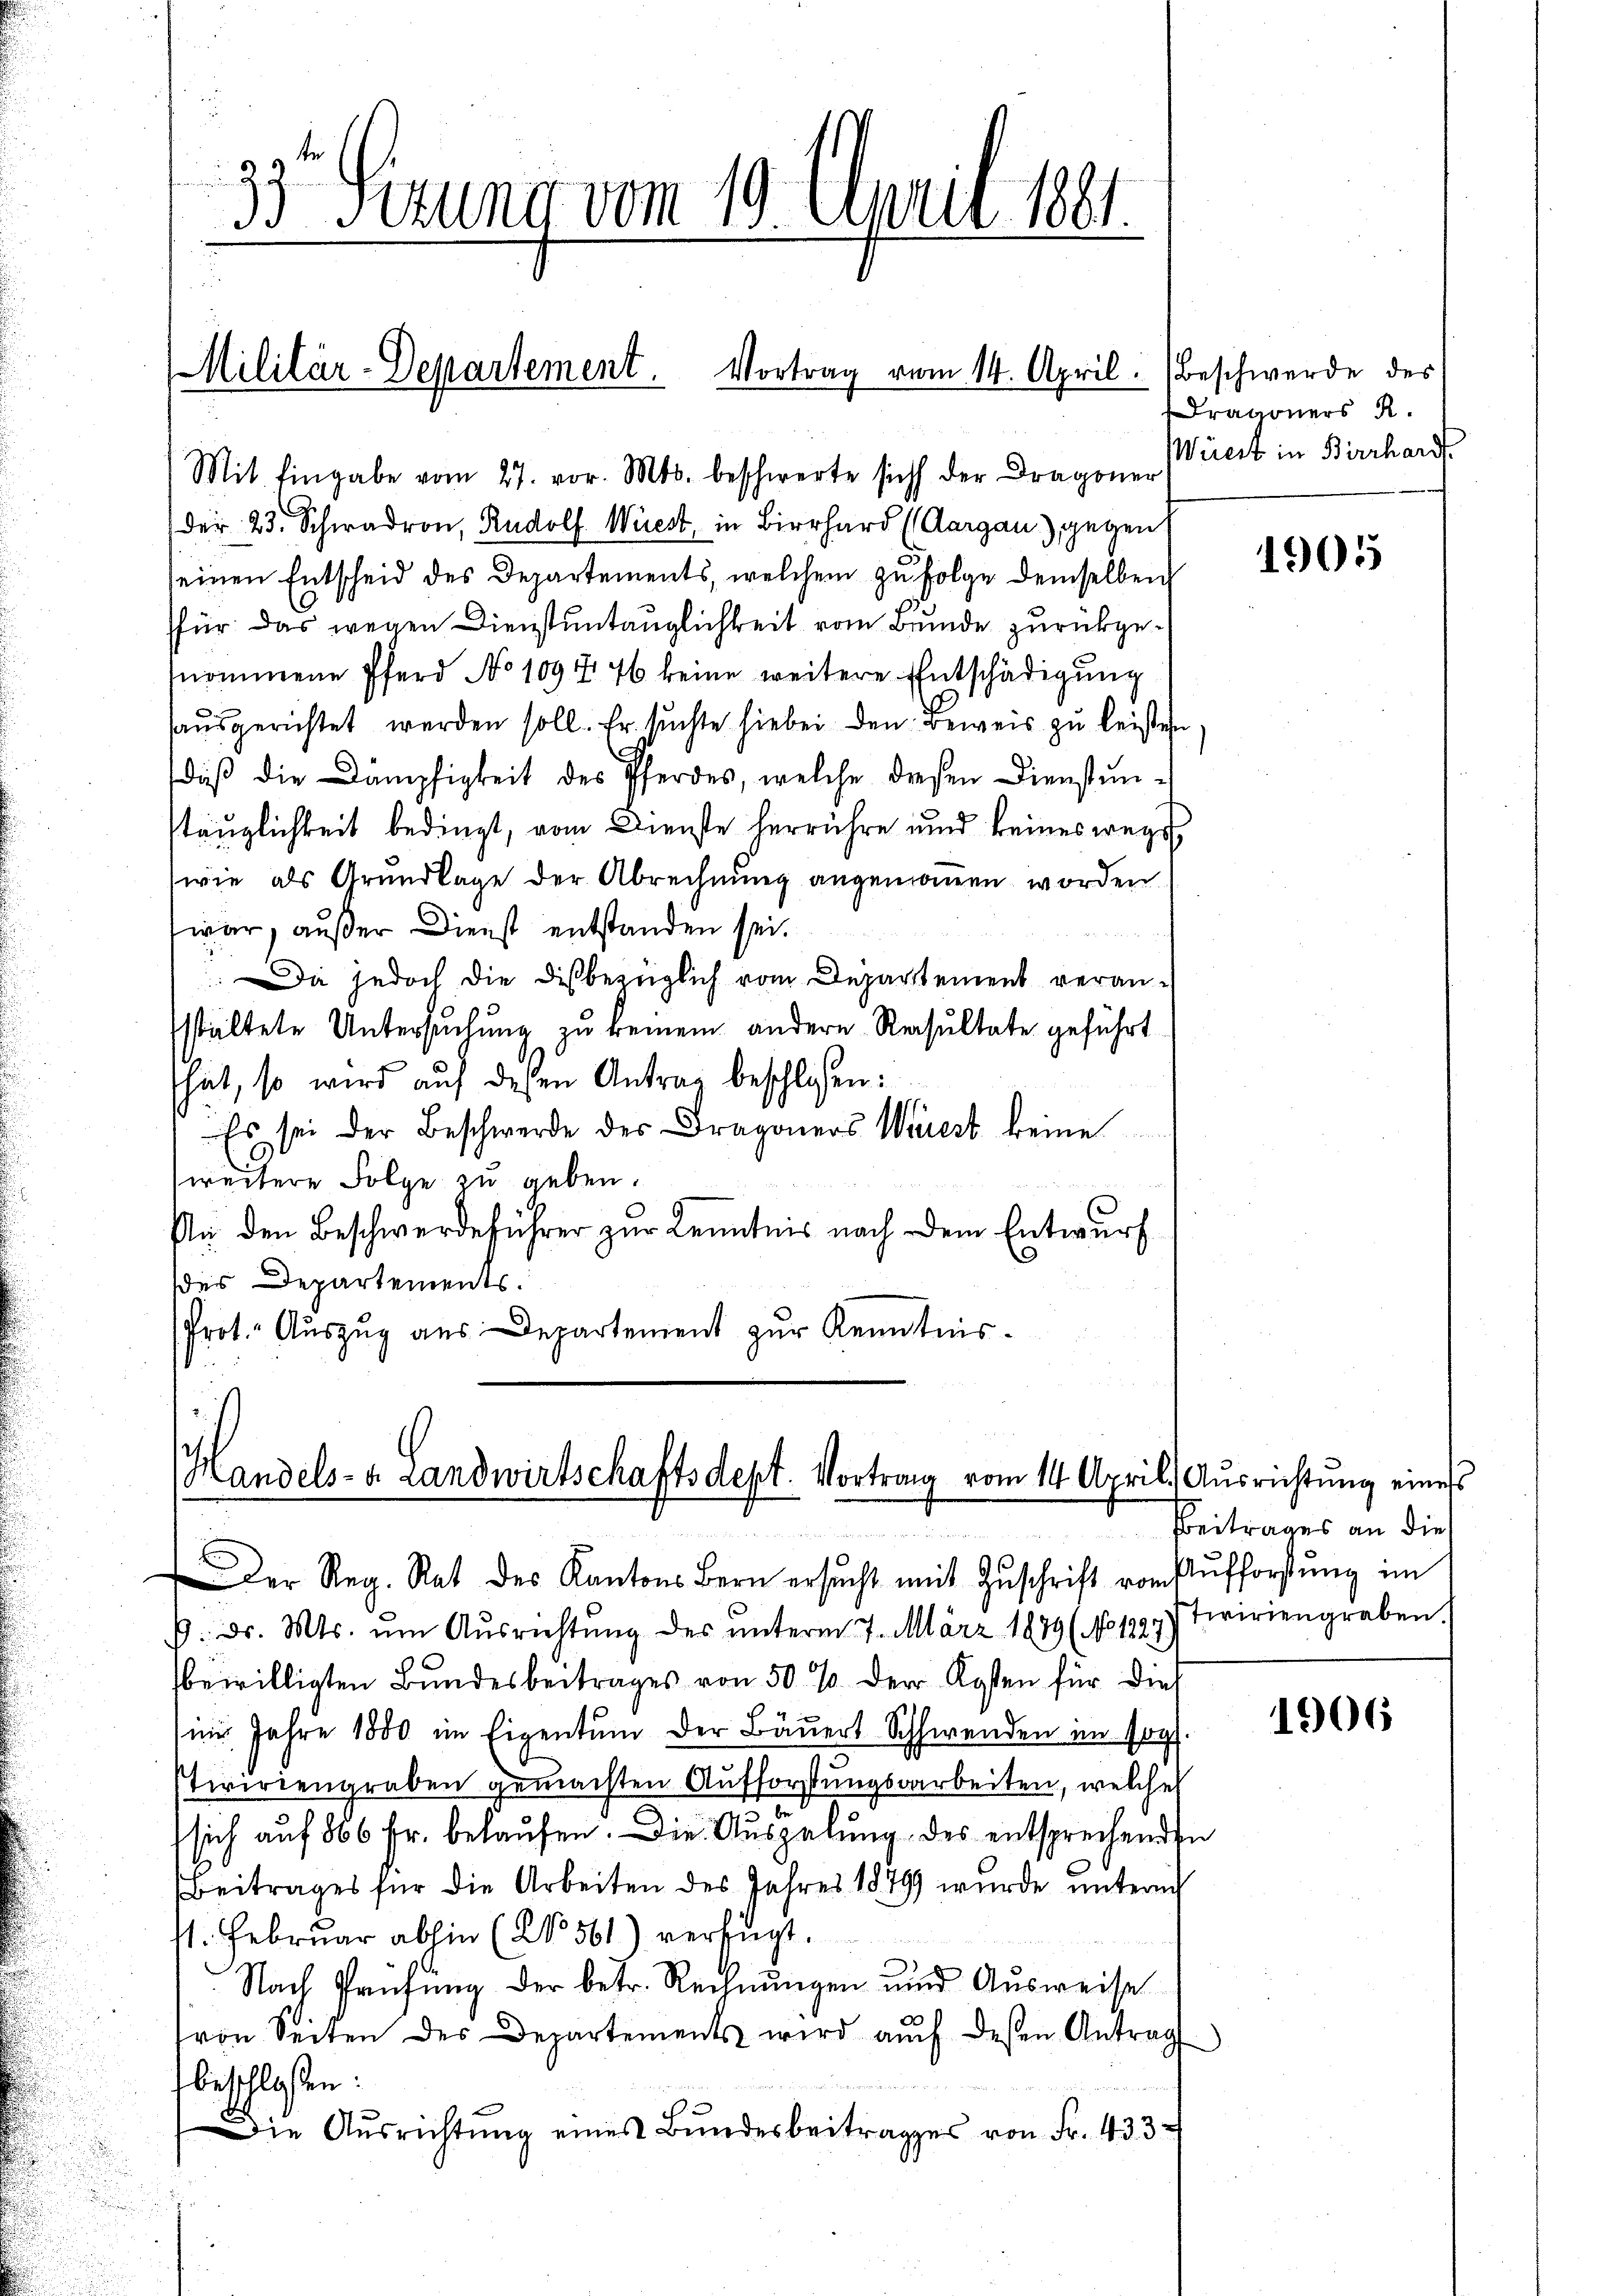
33. Ferung vom 19. April 1891.

Militär-Departement. Vortrag vom 14. April.

Mit Eingabe vom 27. vor. Mts. beschwerte sich der Dragoner
der 23. Schwadron, Rudolf Wüest, in Birrha (Aargau) gegen
seinen Entscheid des Departements, welchem zŭ folge demselben
für das wegen Dienstuntauglichkeit vom Bunde zurückgenommene Pferd No 109 f. 76 keine weitere Entschädigung
ausgerichtet werden soll. Er suchte hiebei den Beweis zu leisten.
diβ die Dämpfigkeit des Pferdes, welche diesen Dienstunstäuglichkeit bedingt, vom Dienste herrühre und keines wege
wie als Grundlage der Abrechnung angenommen worden.
war, außer Dienst entstanden sei.
Da jedoch die diesbezüglich vom Departement veran-
staltete Untersuchung zu keinem andere Resultate geführt
shut, so wird auf dessen Antrag beschloßen:
Es sei der Beschwerde des Dragoners West keine
weitere Folge zu geben.
An den Beschwerdeführer zur Kenntnis nach dem Entwurf
des Departements.
Prot. Auszug aus Departement zur Kenntnis-

Handels- u. Landwirtschaftsdept. Vortrag vom 14. April. Ausrichtung eines
e

Beschwerde des
ragoners R.
Wüest in Birrhardt.

der Reg. Rat des Kantons Bern ersŭcht mit Zŭschrift vom Aufforstŭng im
k. ds. Mts. ŭm Aŭsrichtŭng des ŭnterm 7. März 1879 (No 1397) twiriengraben.
bewilligten Bundesbeitrages von 50 % der Kosten für dies
im Jahre 1880 im Eigentum der Bäuert Schwenden im sog.
stivirtengraben gemachten Aufforstungsarbeiten, welches
sich auf 866 Fr. belaufen. Die Auszalung des entsprechenden
Beitrages für die Arbeiten des Jahres 18799 wurde untern
11. Februar abhin (No 561) verfügt.
Nach Prüfung der betr. Rechnungen und Ausweise
von Seiten des Departements wird aŭch dessen Antrag
beschlossen:
Die Aŭsrichtŭng eines Bŭndesbeitrages von Fr. 433

1905

Bbeitrages an die

1906